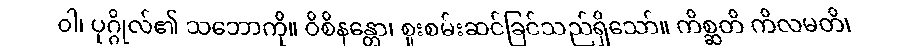
ဝါ၊ ပုဂ္ဂိုလ်၏ သဘောကို။ ဝိစိနန္တော၊ စူးစမ်းဆင်ခြင်သည်ရှိသော်။ ကိစ္ဆတိ ကိလမတိ၊